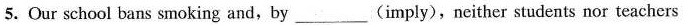
5. Our school bans smoking and , by ___ (imply), neither students nor teachers